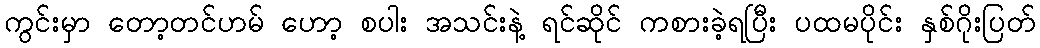
ကွင်းမှာ တော့တင်ဟမ် ဟော့ စပါး အသင်းနဲ့ ရင်ဆိုင် ကစားခဲ့ရပြီး ပထမပိုင်း နှစ်ဂိုးပြတ်